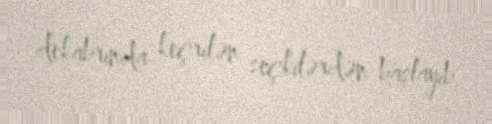
dekabrında keçrilən seçkilərdən başlayıb.